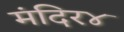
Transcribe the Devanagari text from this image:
मंदिर४